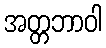
အတ္တဘာဝါ